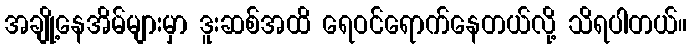
အချို့နေအိမ်များမှာ ဒူးဆစ်အထိ ရေဝင်ရောက်နေတယ်လို့ သိရပါတယ်။